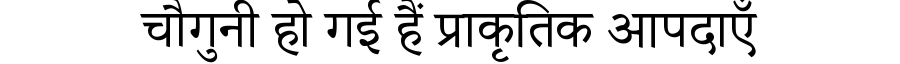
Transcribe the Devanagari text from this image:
चौगुनी हो गई हैं प्राकृतिक आपदाएँ